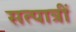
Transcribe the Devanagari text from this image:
सत्पात्रीं